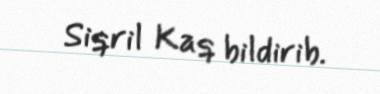
Siqril Kaq bildirib.